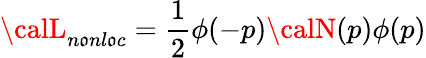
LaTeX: {\calL}_{n\mathfrak{o}nl\mathfrak{o}c}={\frac{{1}}{{2}}}\phi(-p){\calN}(p)\phi(p)